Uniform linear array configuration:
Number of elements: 32
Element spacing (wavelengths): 0.75
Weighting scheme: hann
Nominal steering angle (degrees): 15
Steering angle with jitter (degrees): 14.574
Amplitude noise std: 0.05
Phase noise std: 0.05

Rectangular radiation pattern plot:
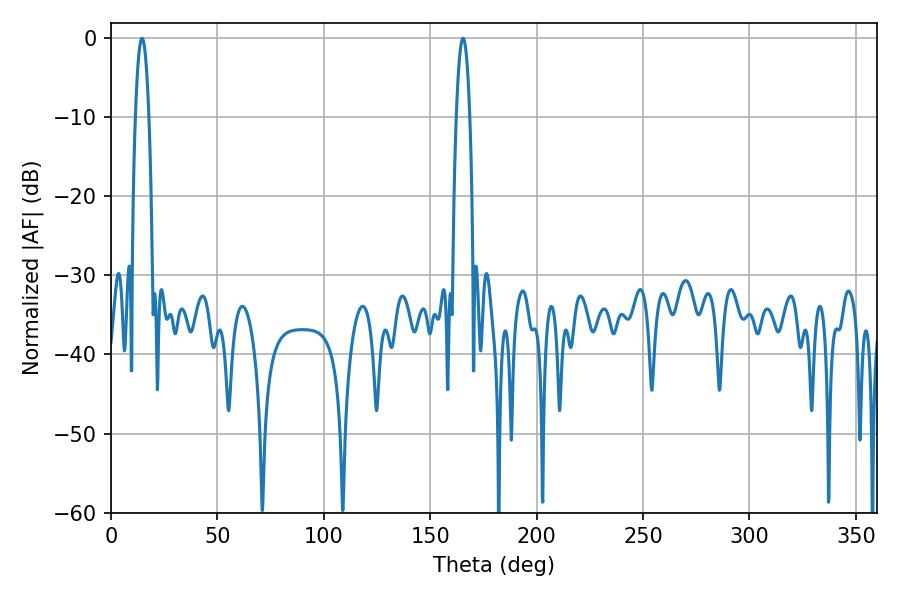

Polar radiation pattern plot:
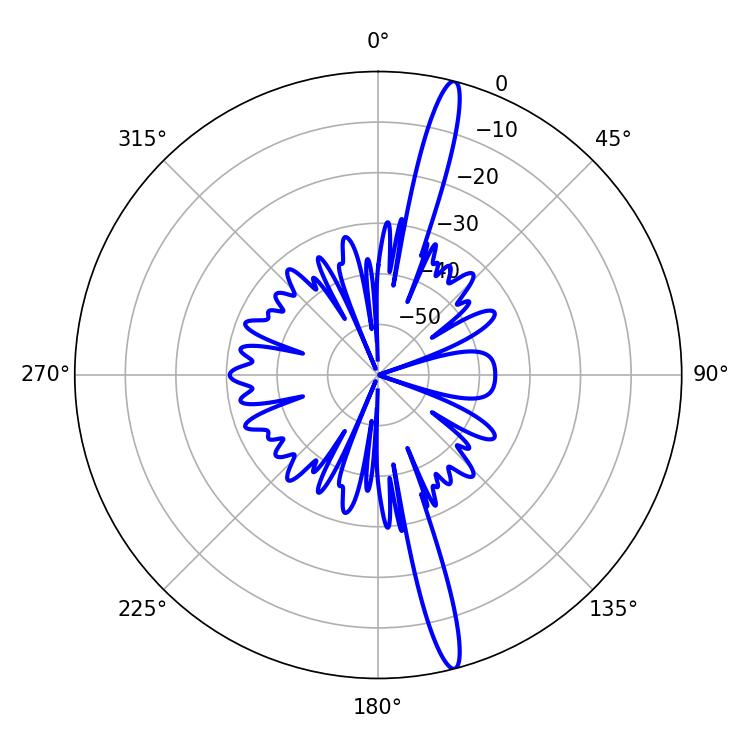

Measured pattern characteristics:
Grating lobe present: TRUE
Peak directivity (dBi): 17.798
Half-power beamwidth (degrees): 3.6
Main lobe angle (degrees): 14.58